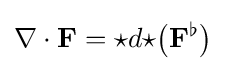
\nabla \cdot {\mathbf {F} }={\star }d{\star }{\big (}{\mathbf {F} }^{\flat }{\big )}